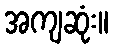
အကျဆုံး။